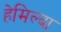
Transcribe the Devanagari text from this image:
हेमिल्दा